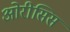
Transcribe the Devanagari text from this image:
ओरीसिस